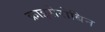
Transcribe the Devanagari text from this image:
क्राइसेरोबिन